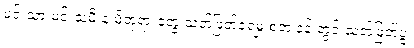
မင်းသားမင်းသမီးနဲ့ မိဘုရားတွေ သတ်ဖြတ်ခံရမှု စတဲ့ နန်းတွင်းသတ်ဖြတ်ပွဲ၊